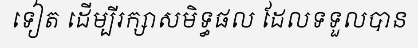
ទៀត ដើម្បីរក្សាសមិទ្ធផល ដែលទទួលបាន